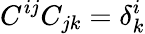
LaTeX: C^{ij}C_{jk}=\delta_{k}^{i}